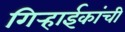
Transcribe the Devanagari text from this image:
गिर्‍हाईकांची